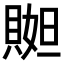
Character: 𧶬